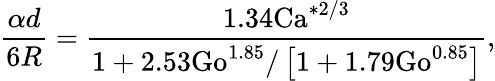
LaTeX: \frac{\alpha d}{6R}=\frac{1.34\mathrm{Ca}^{*2/3}}{1+2.53\mathrm{Go}^{1.85}/\left[1+1.79\mathrm{Go}^{0.85}\right]},